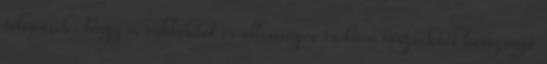
telepesek, hogy a rablóktól és ellenséges indián törzsektől hemzsegő